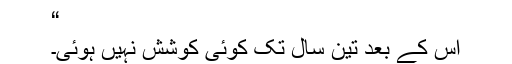
“
اس کے بعد تین سال تک کوئی کوشش نہیں ہوئی۔